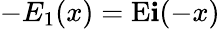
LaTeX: -E_{1}(x)=\operatorname{E\mathbf{i}}(-x)